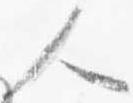
人